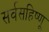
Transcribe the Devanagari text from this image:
सर्वसहिष्णू